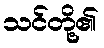
သင်တို့၏